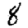
Digit: 8